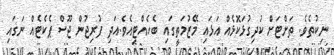
ނިކުތެވެ. ތަށްޓަށް ކުދިގުޅަކޮޅެއް އަޅައި މޭޒުމަތީގައި ބެހެއްޓިއެވެ.އަދި ފުރިޖުން ޖޫސް ޕެކެޓެއް ނަގައި